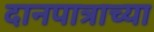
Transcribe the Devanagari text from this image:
दानपात्राच्या